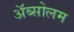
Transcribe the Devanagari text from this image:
अॅब्सोलम